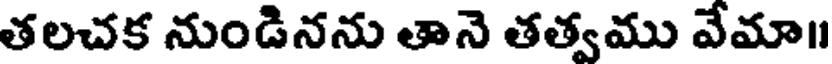
తలచక నుండినను తానె తత్వము వేమా॥